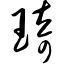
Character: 琦